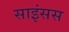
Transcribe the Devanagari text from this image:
साइंसस